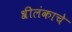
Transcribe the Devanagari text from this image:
श्रीलंकाचे